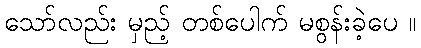
သော်လည်း မှည့် တစ်ပေါက် မစွန်းခဲ့ပေ ။